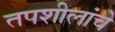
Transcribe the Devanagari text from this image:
तपशीलांचे